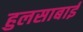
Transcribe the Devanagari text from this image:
हुलसाबाई